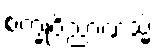
စက္ခုဝိညာဏသ္မိံ